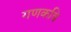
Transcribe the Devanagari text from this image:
गणकवि